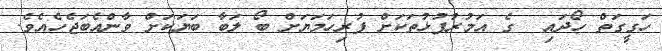
ހަގީގަތް ހޯދައި  ގެ އަމުރުފުޅުތަކަށް ފުރިހަމަޔަށް ބޯ ލަބާ ބަޔަކަށް ވާންއެބަޖެހެއެވެ.